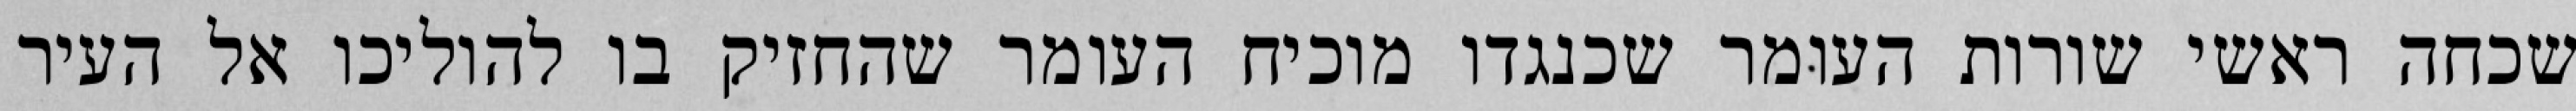
שכחה ראשי שורות העומר שכנגדו מוכיח העומר שהחזיק בו להוליכו אל העיר